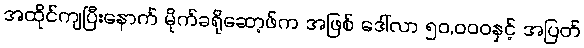
အထိုင်ကျပြီးနောက် မိုက်ခရိုဆော့ဖ်က အဖြစ် ဒေါ်လာ ၅၀,၀၀၀နှင့် အပြတ်